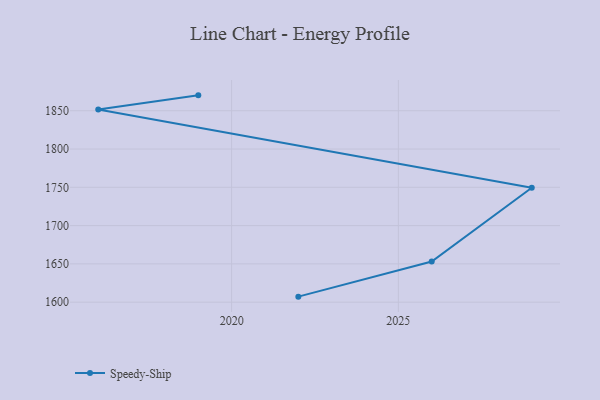
{"axis": {"x": "Year", "y": "Bounce Rate (%)"}, "legend": ["Speedy-Ship"], "data": [{"x": "2019", "y": 1870.1, "type": "Speedy-Ship"}, {"x": "2016", "y": 1851.7, "type": "Speedy-Ship"}, {"x": "2029", "y": 1749.4, "type": "Speedy-Ship"}, {"x": "2026", "y": 1653.0, "type": "Speedy-Ship"}, {"x": "2022", "y": 1607.2, "type": "Speedy-Ship"}]}